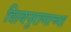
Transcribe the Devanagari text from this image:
शिवपुराणाच्या